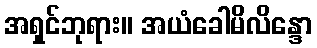
အရှင်ဘုရား။ အယံခေါမိလိန္ဒော